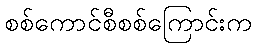
စစ်ကောင်စီစစ်ကြောင်းက